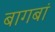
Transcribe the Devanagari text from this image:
बागबां